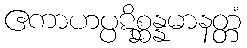
ဧကာဟပ္ပဋိစ္ဆန္နမာနတ္တံ